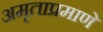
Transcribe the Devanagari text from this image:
अमृताप्रमाणे